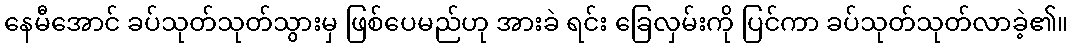
နေမီအောင် ခပ်သုတ်သုတ်သွားမှ ဖြစ်ပေမည်ဟု အားခဲ ရင်း ခြေလှမ်းကို ပြင်ကာ ခပ်သုတ်သုတ်လာခဲ့၏။